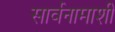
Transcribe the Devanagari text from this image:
सार्वनामाशी